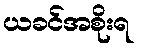
ယခင်အစိုးရ